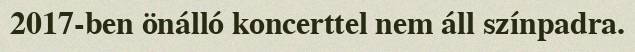
2017-ben önálló koncerttel nem áll színpadra.